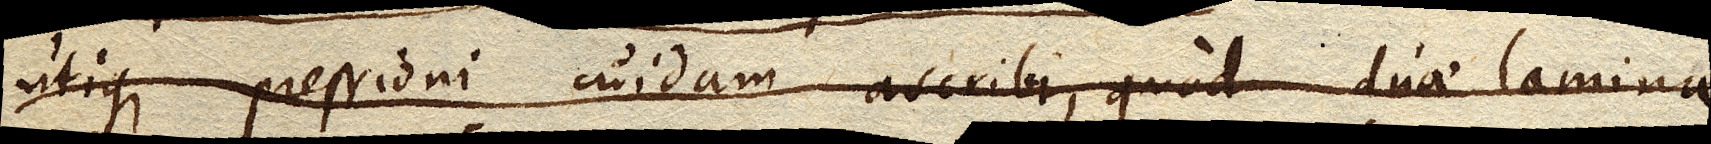
utique pressioni cuidam ascribi, quod duae laminae